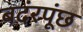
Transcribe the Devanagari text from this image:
बदंरपूंछ